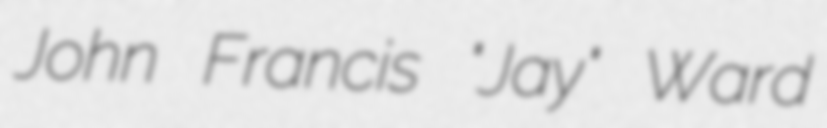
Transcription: John Francis "Jay" Ward